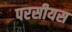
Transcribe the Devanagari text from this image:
परसीयस